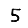
Digit: 5